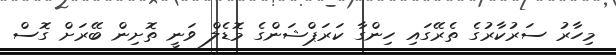
މިހާރު ސަރުކާރުގެ ތެރޭގައި ހިންގާ ކަރަޕްޝަންގެ މޮޑެލް ވަނީ ތޮށިން ބޭރަށް ގޮސް